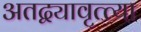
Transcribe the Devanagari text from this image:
अतद्व्यावृत्त्या